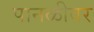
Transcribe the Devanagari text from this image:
पानळीवर